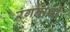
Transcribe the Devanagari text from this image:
रंगनाथी